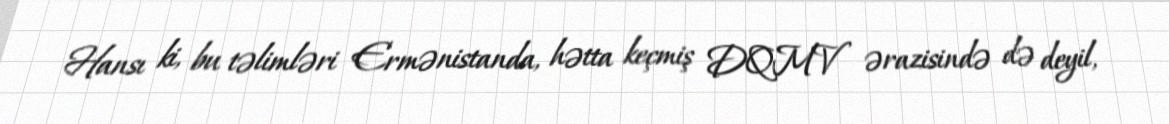
Hansı ki, bu təlimləri Ermənistanda, hətta keçmiş DQMV ərazisində də deyil,